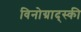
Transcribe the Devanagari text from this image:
विनोग्राद्स्की